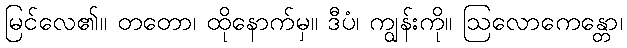
မြင်လေ၏။ တတော၊ ထိုနောက်မှ။ ဒီပံ၊ ကျွန်းကို။ ဩလောကေန္တော၊